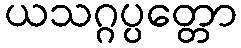
ယသဂ္ဂပ္ပတ္တော